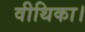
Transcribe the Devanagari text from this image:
वीथिका।